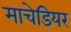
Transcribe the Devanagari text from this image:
माचेडियर